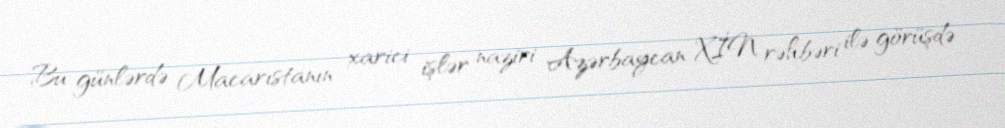
Bu günlərdə Macarıstanın xarici işlər naziri Azərbaycan XİN rəhbəri ilə görüşdə